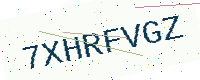
Text: 7XHRFVGZ